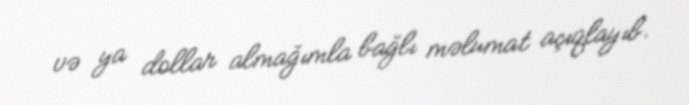
və ya dollar almağımla bağlı məlumat açıqlayıb.